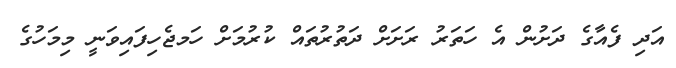
އަދި ފެއާގެ ދަށުން އެ ހަތަރު ރަށަށް ދަތުރުތައް ކުރުމަށް ހަަމޖެހިފައިވަނީ މިމަހުގެ